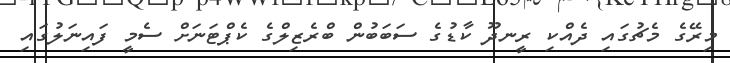
މިރޭގެ މެޗުގައި ދެއްކި ރީނދޫ ކާޑުގެ ސަބަބުން ބްރެޒިލްގެ ކެޕްޓަނަށް ސެމީ ފައިނަލުގައި